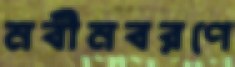
নবীনবরণে